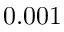
0 . 0 0 1